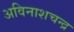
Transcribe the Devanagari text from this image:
अविनाशचन्द्र